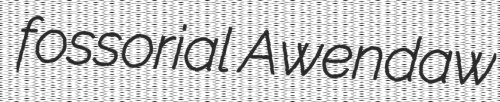
fossorial Awendaw